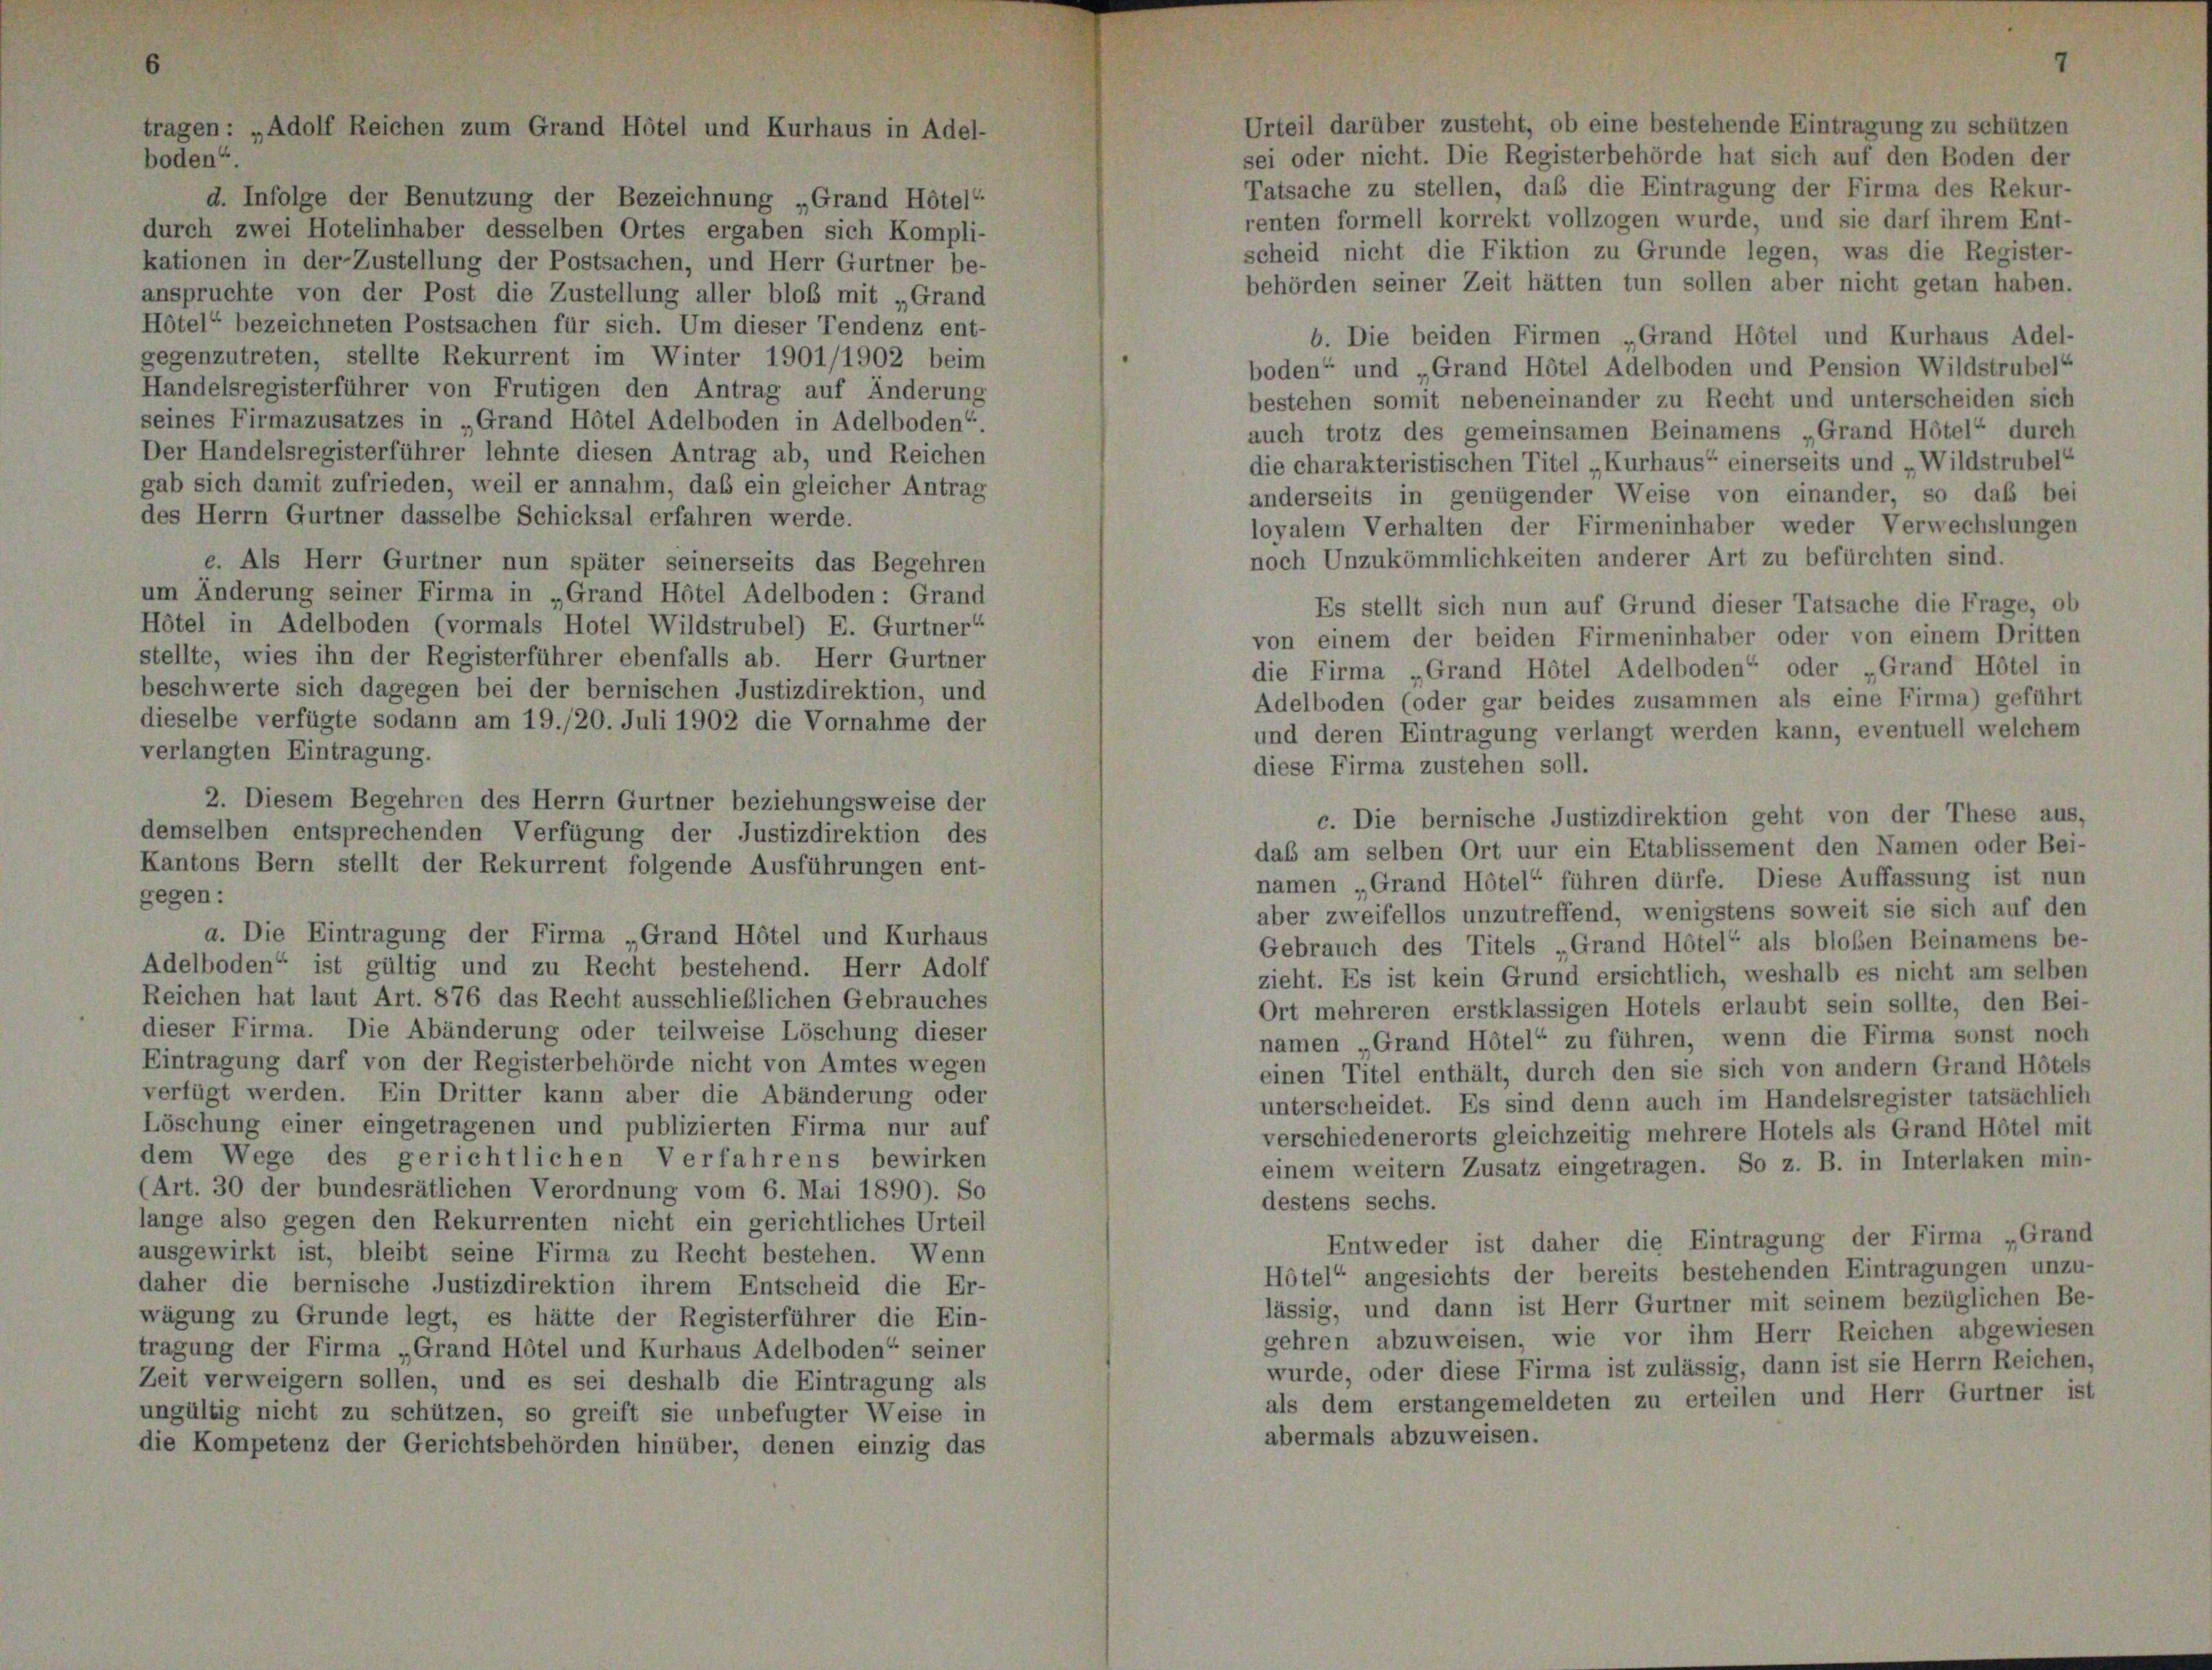
d. Infolge der Benutzung der Bezeichnung „Grand Hotel
durch zwei Hotelinhaber desselben Ortes ergaben sich Kompli-
kationen in der Zustellung der Postsachen, und Herr Gurtner be-
anspruchte von der Post die Zustellung aller bloß mit „Grand
Hôtel“ bezeichneten Postsachen für sich. Um dieser Tendenz ent-
gegenzutreten, stellte Rekurrent im Winter 1901/1902 beim
Handelsregisterführer von Frutigen den Antrag auf Änderung
seines Firmazusatzes in „Grand Hotel Adelboden in Adelboden“
Der Handelsregisterführer lehnte diesen Antrag ab, und Reichen
gab sich damit zufrieden, weil er annahm, daß ein gleicher Antrag
des Herrn Gurtner dasselbe Schicksal erfahren werde.
e. Als Herr Gurtner nun später seinerseits das Begehren
um Änderung seiner Firma in „Grand Hotel Adelboden: Grand
Hôtel in Adelboden (vormals Hotel Wildstrubel) E. Gurtner“
stellte, wies ihn der Registerführer ebenfalls ab. Herr Gurtner
beschwerte sich dagegen bei der bernischen Justizdirektion, und
dieselbe verfügte sodann am 19./20. Juli 1902 die Vornahme der
verlangten Eintragung.
2. Diesem Begehren des Herrn Gurtner beziehungsweise der
demselben entsprechenden Verfügung der Justizdirektion des
Kantons Bern stellt der Rekurrent folgende Ausführungen ent-
gegen:
a. Die Eintragung der Firma „Grand Hôtel und Kurhaus
Adelboden“ ist gültig und zu Recht bestehend. Herr Adolf
Reichen hat laut Art. 876 das Recht ausschließlichen Gebrauches
dieser Firma. Die Abänderung oder teilweise Löschung dieser
Eintragung darf von der Registerbehörde nicht von Amtes wegen
verfügt werden. Ein Dritter kann aber die Abänderung oder
Löschung einer eingetragenen und publizierten Firma nur auf
dem Wege des gerichtlichen Verfahrens bewirken
(Art. 30 der bundesrätlichen Verordnung vom 6. Mai 1890). So
lange also gegen den Rekurrenten nicht ein gerichtliches Urteil
ausgewirkt ist, bleibt seine Firma zu Recht bestehen. Wenn
daher die bernische Justizdirektion ihrem Entscheid die Er-
wägung zu Grunde legt, es hätte der Registerführer die Ein-
tragung der Firma „Grand Hôtel und Kurhaus Adelboden“ seiner
Zeit verweigern sollen, und es sei deshalb die Eintragung als
ungültig nicht zu schützen, so greift sie unbefugter Weise in
die Kompetenz der Gerichtsbehörden hinüber, denen einzig das

Urteil darüber zusteht, ob eine bestehende Eintragung zu schützen
sei oder nicht. Die Registerbehörde hat sich auf den Boden der
Tatsache zu stellen, daß die Eintragung der Firma des Rekur-
renten formell korrekt vollzogen wurde, und sie darf ihrem Ent-
scheid nicht die Fiktion zu Grunde legen, was die Register-
behörden seiner Zeit hätten tun sollen aber nicht getan haben.
b. Die beiden Firmen „Grand Hotel und Kurhaus Adel-
boden“ und „Grand Hôtel Adelboden und Pension Wildstrubel“
bestehen somit nebeneinander zu Recht und unterscheiden sich
auch trotz des gemeinsamen Beinamens „Grand Hôtel“ durch
die charakteristischen Titel „Kurhaus“ einerseits und Wildstrubel“
anderseits in genügender Weise von einander, so daß bei
loyalem Verhalten der Firmeninhaber weder Verwechslungen
noch Unzukömmlichkeiten anderer Art zu befürchten sind.
Es stellt sich nun auf Grund dieser Tatsache die Frage, ob
von einem der beiden Firmeninhaber oder von einem Dritten
die Firma Grand Hôtel Adelboden“ oder „Grand Hotel in
Adelboden (oder gar beides zusammen als eine Firma) geführt
und deren Eintragung verlangt werden kann, eventuell welchem
diese Firma zustehen soll.
c. Die bernische Justizdirektion geht von der These aus,
das am selben Ort nur ein Etablissement den Namen oder Bei-
namen „Grand Hötel“ führen dürfe. Diese Auffassung ist nun
aber zweifellos unzutreffend, wenigstens soweit sie sich auf den
Gebrauch des Titels „Grand Hôtel“ als bloßen Beinamens be-
zieht. Es ist kein Grund ersichtlich, weshalb es nicht am selben
Ort mehreren erstklassigen Hotels erlaubt sein sollte, den Bei-
namen „Grand Hôtel“ zu führen, wenn die Firma sonst noch
einen Titel enthält, durch den sie sich von andern Grand Hötels
unterscheidet. Es sind denn auch im Handelsregister tatsächlich
verschiedenerorts gleichzeitig mehrere Hotels als Grand Hôtel mit
einem weitern Zusatz eingetragen. So z. B. in Interlaken min-
destens sechs.
Entweder ist daher die Eintragung der Firma „Grand
Hötel“ angesichts der bereits bestehenden Eintragungen unzu-
lässig, und dann ist Herr Gurtner mit seinem bezüglichen Be-
gehren abzuweisen, wie vor ihm Herr Reichen abgewiesen
wurde, oder diese Firma ist zulässig, dann ist sie Herrn Reichen,
als dem erstangemeldeten zu erteilen und Herr Gurtner ist
abermals abzuweisen.